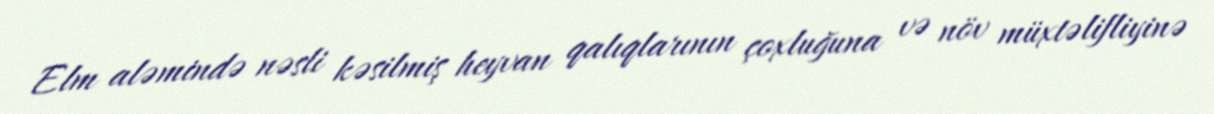
Elm aləmində nəsli kəsilmiş heyvan qalıqlarının çoxluğuna və növ müxtəlifliyinə